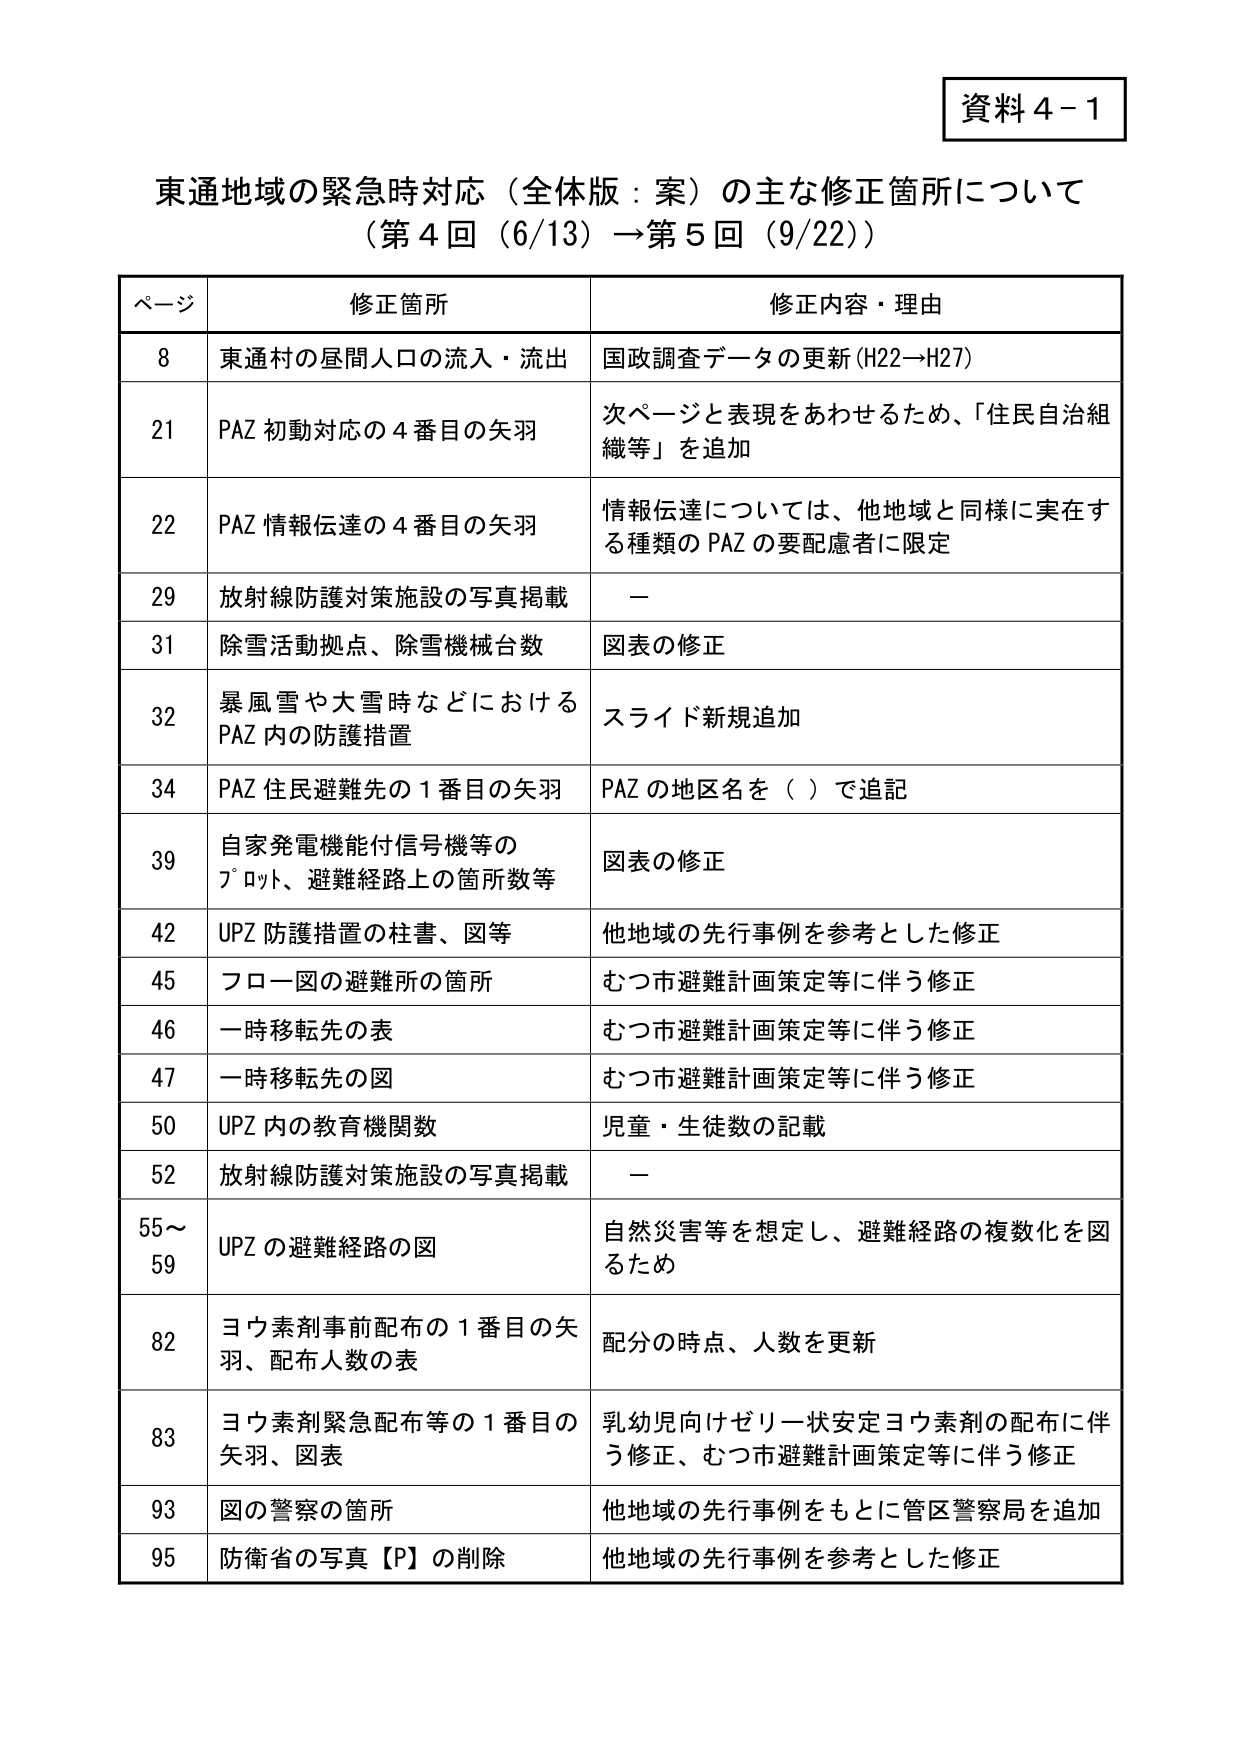
資料４－１

東通地域の緊急時対応（全体版：案）の主な修正箇所について
（第４回（6/13）→第５回（9/22））

ページ　修正箇所　修正内容・理由

8　東通村の昼間人口の流入・流出　国政調査データの更新（H22→H27）

21　PAZ 初動対応の４番目の矢羽　次ページと表現をあわせるため、「住民自治組織等」を追加

22　PAZ 情報伝達の４番目の矢羽　情報伝達については、他地域と同様に実在する種類の PAZ の要配慮者に限定

29　放射線防護対策施設の写真掲載　－

31　除雪活動拠点、除雪機械台数　図表の修正

32　暴風雪や大雪時などにおける PAZ 内の防護措置　スライド新規追加

34　PAZ 住民避難先の１番目の矢羽　PAZ の地区名を（）で追記

39　自家発電機能付信号機等のプロット、避難経路上の箇所数等　図表の修正

42　UPZ 防護措置の柱書、図等　他地域の先行事例を参考とした修正

45　フロー図の避難所の箇所　むつ市避難計画策定等に伴う修正

46　一時移転先の表　むつ市避難計画策定等に伴う修正

47　一時移転先の図　むつ市避難計画策定等に伴う修正

50　UPZ 内の教育機関数　児童・生徒数の記載

52　放射線防護対策施設の写真掲載　－

55～59　UPZ の避難経路の図　自然災害等を想定し、避難経路の複数化を図るため

82　ヨウ素剤事前配布の１番目の矢羽、配布人数の表　配分の時点、人数を更新

83　ヨウ素剤緊急配布等の１番目の矢羽、図表　乳幼児向けゼリー状安定ヨウ素剤の配布に伴う修正、むつ市避難計画策定等に伴う修正

93　図の警察の箇所　他地域の先行事例をもとに管区警察局を追加

95　防衛省の写真【P】の削除　他地域の先行事例を参考とした修正